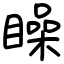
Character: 矂